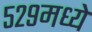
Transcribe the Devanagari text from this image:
५२९मध्ये